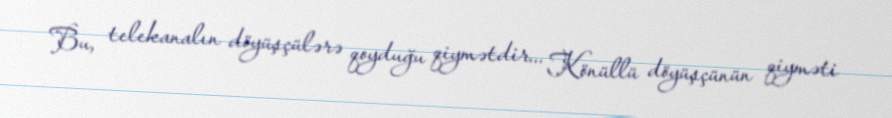
Bu, telekanalın döyüşçülərə qoyduğu qiymətdir... Könüllü döyüşçünün qiyməti